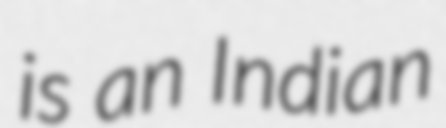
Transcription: is an Indian